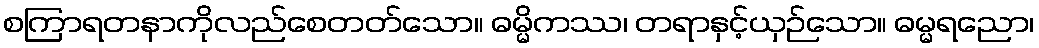
စကြာရတနာကိုလည်စေတတ်သော။ ဓမ္မိကဿ၊ တရာနှင့်ယှဉ်သော။ ဓမ္မရညော၊